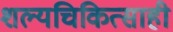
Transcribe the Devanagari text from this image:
शल्यचिकित्साही